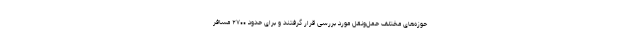
حوزه‌های مختلف حمل‌ونقل مورد بررسی قرار گرفتند و برای حدود ۲۷۰۰ مسافر